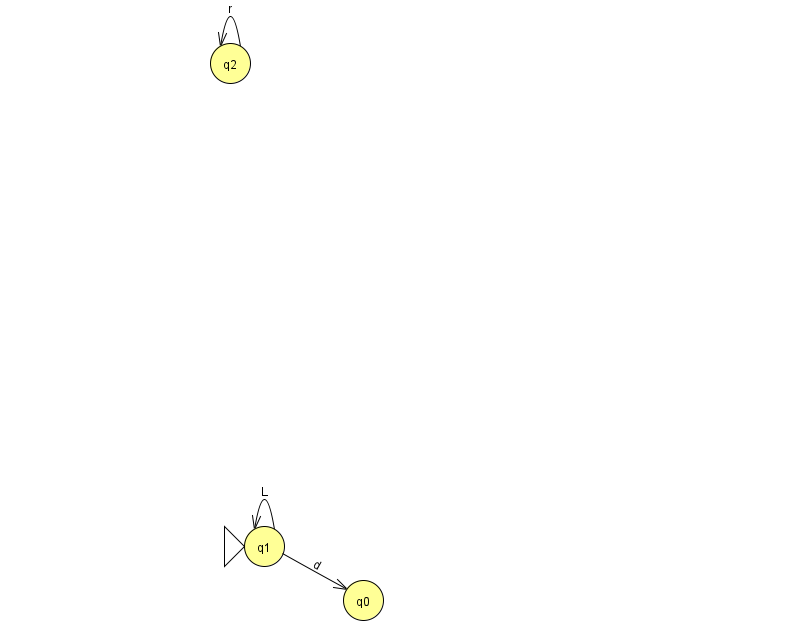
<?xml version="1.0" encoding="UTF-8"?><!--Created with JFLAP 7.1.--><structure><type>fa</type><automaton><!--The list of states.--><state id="0" name="q0"><x>363.0</x><y>587.0</y></state><state id="1" name="q1"><x>264.0</x><y>533.0</y><initial/></state><state id="2" name="q2"><x>230.0</x><y>50.0</y></state><!--The list of transitions.--><transition><from>2</from><to>2</to><read>r</read></transition><transition><from>1</from><to>0</to><read>d</read></transition><transition><from>1</from><to>1</to><read>L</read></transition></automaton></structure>